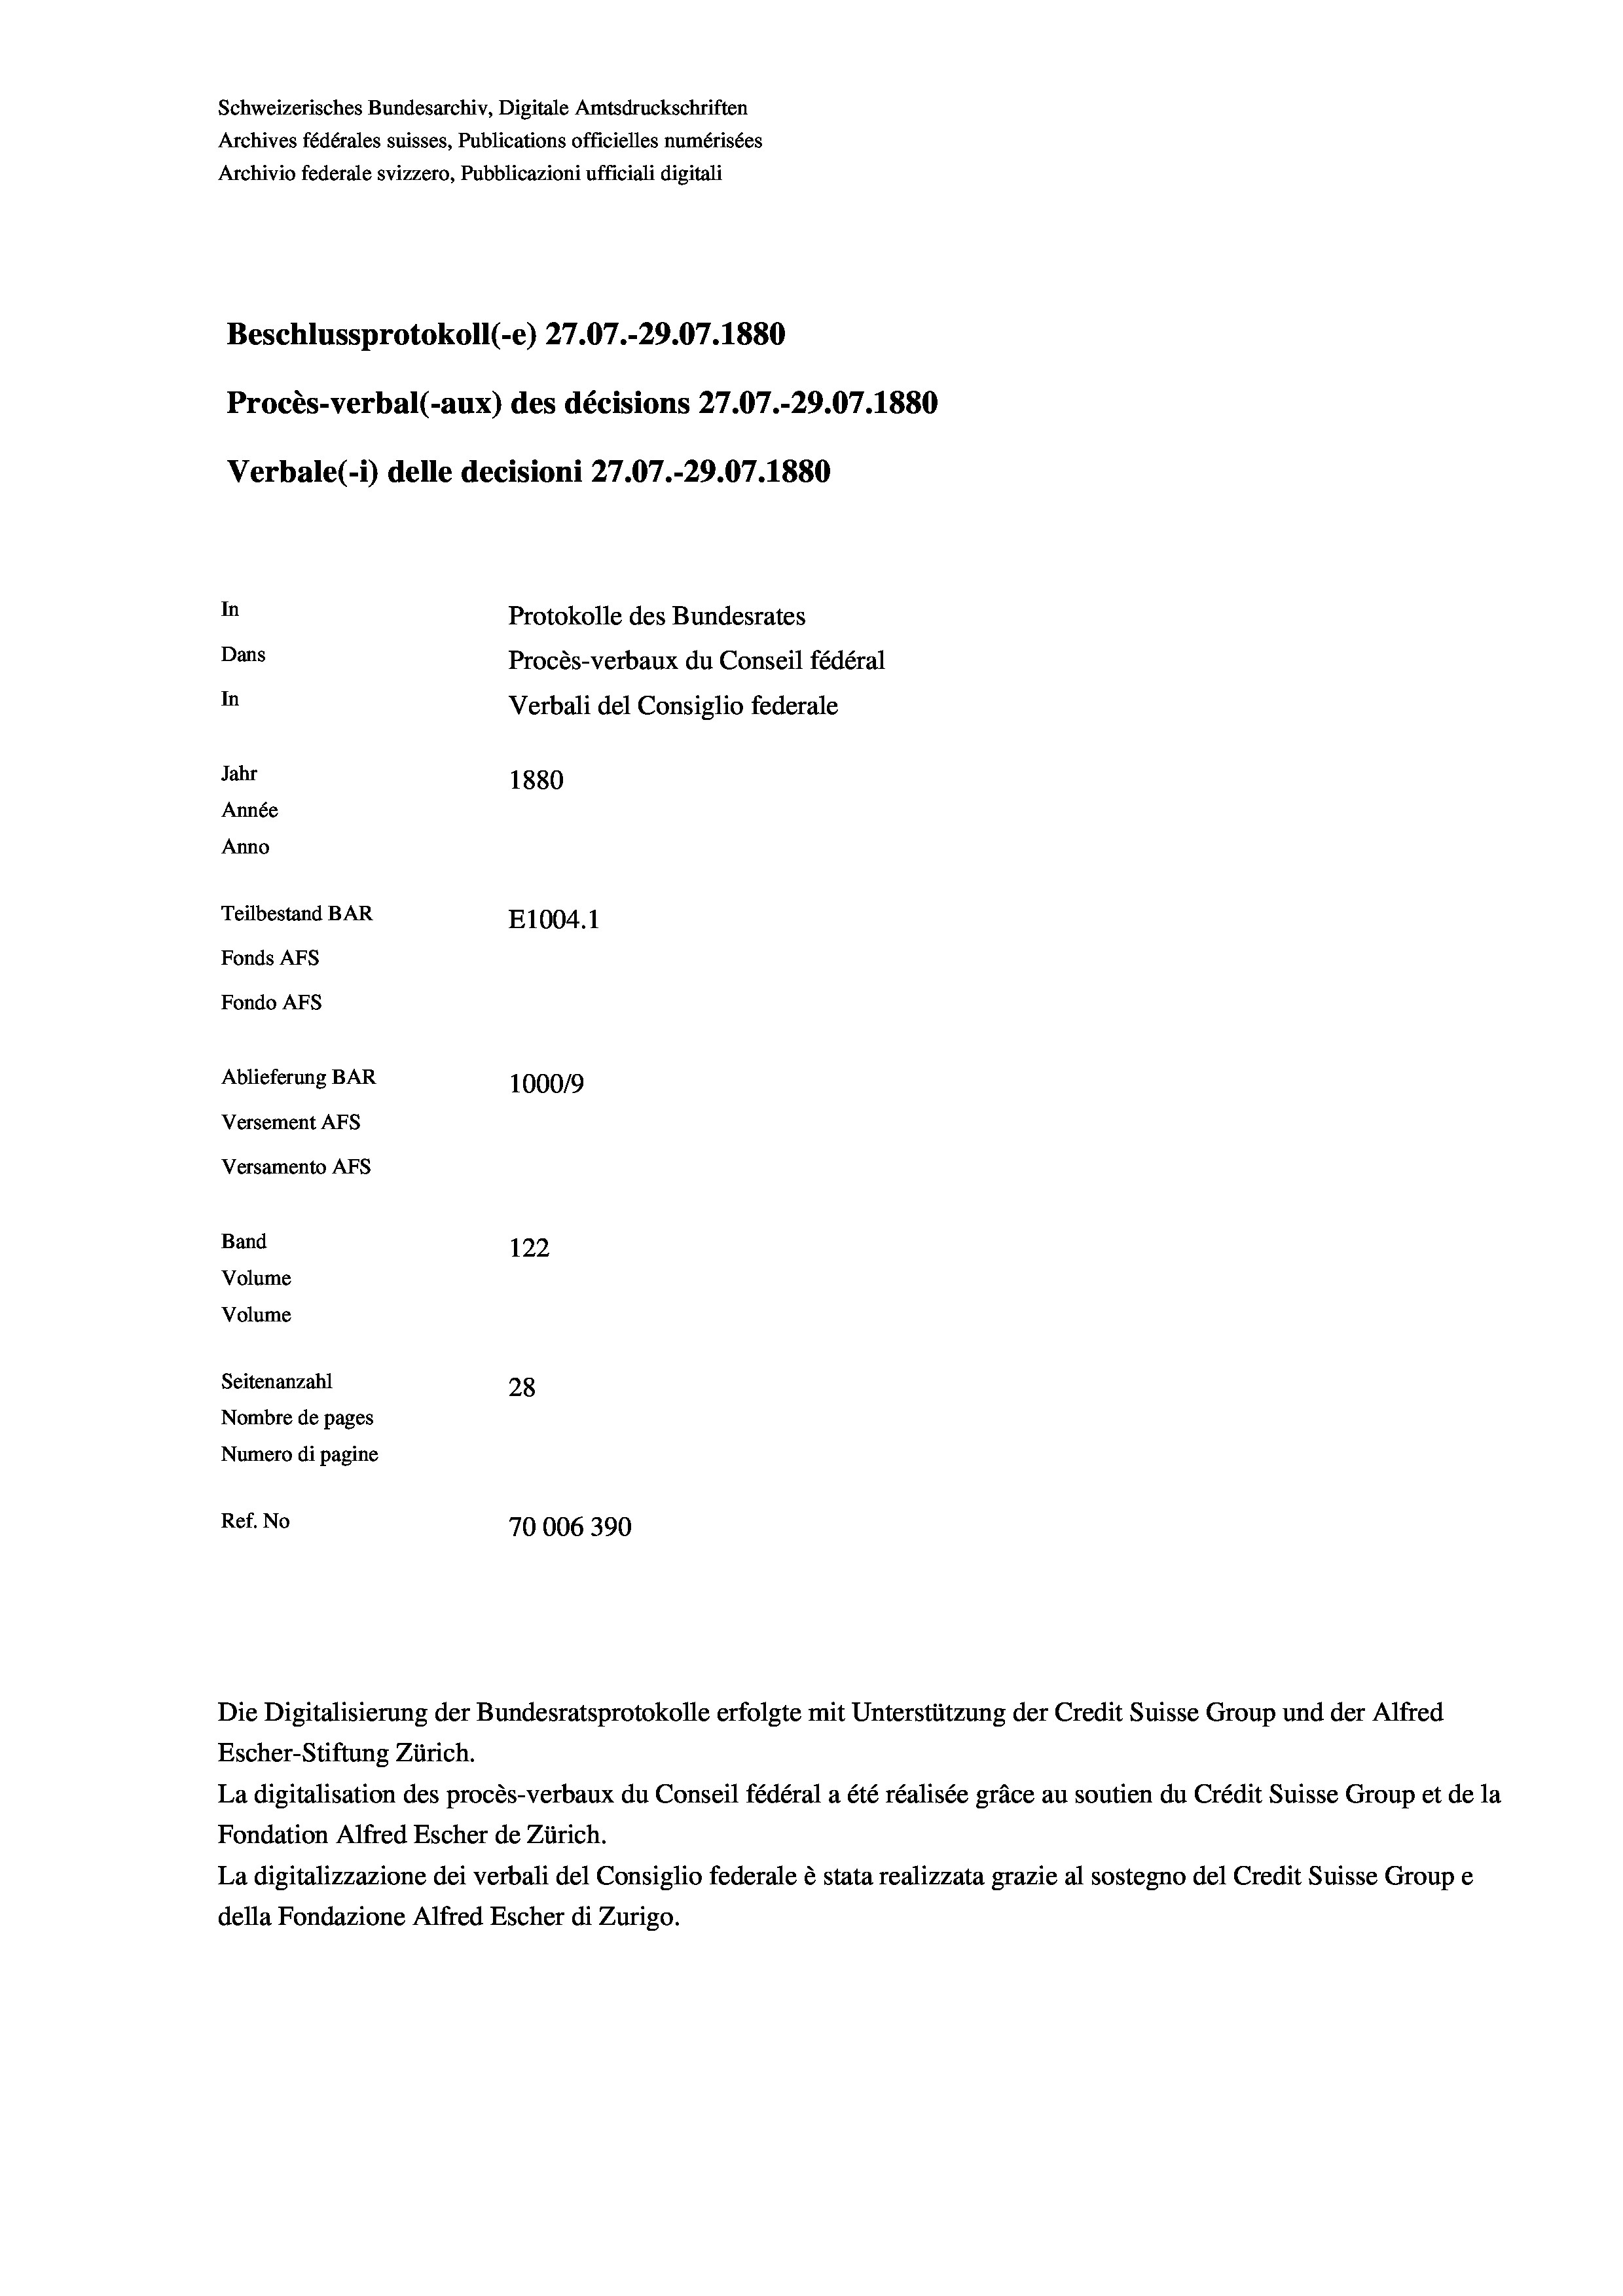
Schweizerisches Bundesarchiv, Digitale Amtsdruckschriften
Archives fédérales suisses, Publications officielles numérisées
Archivio federale svizzero, Pubblicazioni ufficiali digitali
Beschlussprotokoll (-e) 27.07.-29.07. 1880
Procès-verbal (-aux) des décisions 27.07.-29.07. 1880
Verbale (i) delle decisioni 27.07.-29.07. 1880
In
Protokolle des Bundesrates
Dans
Procès-verbaux du Conseil fédéral
In
Verbali del Consiglio federale
Jahr
1880
Année
Anno
Teilbestand BAR
E1004. 1
Fonds AFs
Fondo AFs
Ablieferung BAR
100019
Versement AFs
Versamento AFS
Band
122
Volume
Volume
Seitenanzahl
28
Nombre de pages
Numero di pagine
Ref. No
70006390

Escher-Stiftung Zürich.
La digitalisation des procès-verbaux du Conseil fédéral a été réalisée gräce au soutien du Crédit Suisse Group et de la
Fondation Alfred Escher de Zürich.
La digitalizzazione dei verbali del Consiglio federale è stata realizzata grazie al sostegno del Credit Suisse Groupe
della Fondazione Alfred Escher di Zurigo.

Die Digitalisierung der Bundesratsprotokolle erfolgte mit Unterstützung der Credit Suisse Group und der Alfred